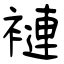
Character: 褳